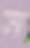
স